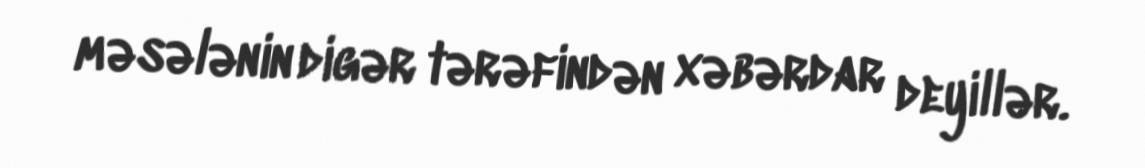
məsələnin digər tərəfindən xəbərdar deyillər.